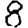
Digit: 8